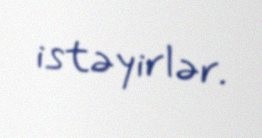
istəyirlər.